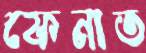
ফেনাত